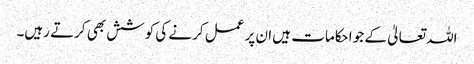
اللہ تعالیٰ کے جو احکامات ہیں ان پر عمل کرنے کی کوشش بھی کرتے رہیں۔